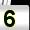
Digit: 5